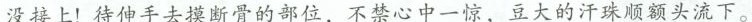
没接上！待伸手去摸断骨的部位，不禁心中一惊，豆大的汗珠顺额头顺额头流下。